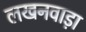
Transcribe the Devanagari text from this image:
लखनवाड़ा